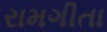
રામગીતા